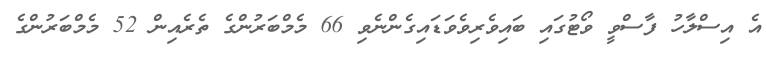
އެ އިސްލާހު ފާސްވީ ވޯޓުގައި ބައިވެރިވެވަޑައިގެންނެވި 66 މެމްބަރުންގެ ތެރެއިން 52 މެމްބަރުންގެ